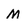
Character: M